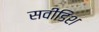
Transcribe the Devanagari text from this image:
सवीडिश